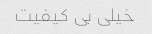
خیلی بی کیفیت